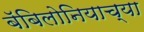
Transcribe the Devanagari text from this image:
बॅबिलोनियाच्या